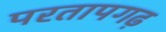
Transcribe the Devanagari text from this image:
परतापगढ़